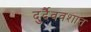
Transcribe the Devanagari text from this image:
दुर्दैववशात